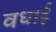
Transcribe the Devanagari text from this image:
वधाई